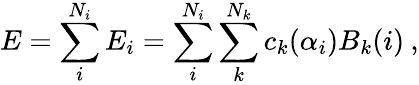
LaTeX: E=\sum_{i}^{N_{i}}E_{i}=\sum_{i}^{N_{i}}\sum_{k}^{N_{k}}c_{k}(\alpha_{i})B_{k}(i)\: ,